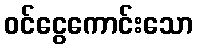
ဝင်ငွေကောင်းသော